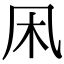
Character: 凩